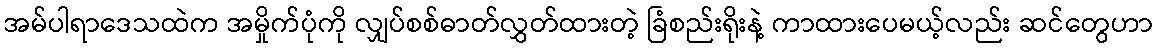
အမ်ပါရာဒေသထဲက အမှိုက်ပုံကို လျှပ်စစ်ဓာတ်လွှတ်ထားတဲ့ ခြံစည်းရိုးနဲ့ ကာထားပေမယ့်လည်း ဆင်တွေဟာ